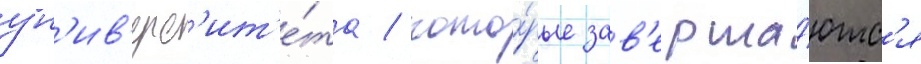
ун'ив'ерс'ит'е́та / кото́рые зав'ерша́ютс'я